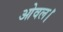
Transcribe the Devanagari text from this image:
ओवल।